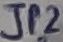
Text: JP2